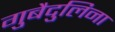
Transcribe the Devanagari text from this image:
गुबैदुलिना